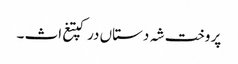
پر وخت شہ دستاں درکپتغ اث ۔